Annual report on the Civil Veterinary Department, Burma (including the Insein Veterinary School) - 1932-1941
Year: 1932
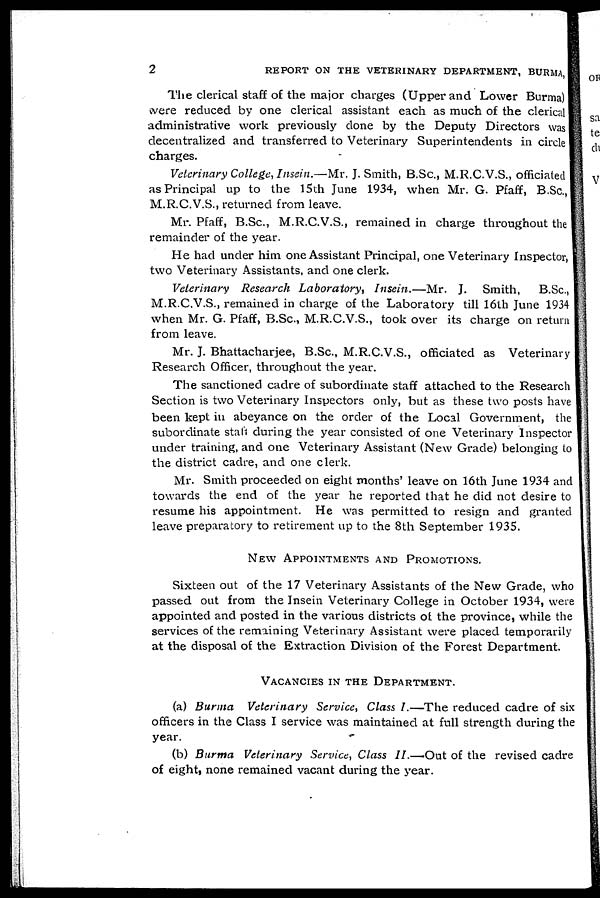
2
REPORT ON THE VETERINARY DEPARTMENT, BURMA,
The clerical staff of the major charges (Upper and Lower Burma)
were reduced by one clerical assistant each as much of the clerical
administrative work previously done by the Deputy Directors was
decentralized and transferred to Veterinary Superintendents in circle
charges.
Veterinary College, Insein.—Mr. J. Smith, B.Sc., M.R.C.V.S., officiated
as Principal up to the 15th June 1934, when Mr. G. Pfaff, B.Sc.,
M.R.C.V.S., returned from leave.
Mr. Pfaff, B.Sc., M.R.C.V.S., remained in charge throughout the
remainder of the year.
He had under him. one Assistant Principal, one Veterinary Inspector,
two Veterinary Assistants, and one clerk.
Veterinary Research Laboratory, Insein.—Mr. J. Smith, B.Sc.,
M.R.C.V.S., remained in charge of the Laboratory till 16th June 1934
when Mr. G. Pfaff, B.Sc., M.R.C.V.S., took over its charge on return
from leave.
Mr. J. Bhattacharjee, B.Sc., M.R.C.V.S., officiated as Veterinary
Research Officer, throughout the year.
The sanctioned cadre of subordinate staff attached to the Research
Section is two Veterinary Inspectors only, but as these two posts have
been kept in abeyance on the order of the Local Government, the
subordinate stall during the year consisted of one Veterinary Inspector
under training, and one Veterinary Assistant (New Grade) belonging to
the district cadre, and one clerk.
Mr. Smith proceeded on eight months' leave on 16th June 1934 and
towards the end of the year he reported that he did not desire to
resume his appointment. He was permitted to resign and granted
leave preparatory to retirement up to the 8th September 1935.
NEW APPOINTMENTS AND PROMOTIONS.
Sixteen out of the 17 Veterinary Assistants of the New Grade, who
passed out from the Insein Veterinary College in October 1934, were
appointed and posted in the various districts of the province, while the
services of the remaining Veterinary Assistant were placed temporarily
at the disposal of the Extraction Division of the Forest Department.
VACANCIES IN THE DEPARTMENT.
(a) Burma Veterinary Service, Class I.—The reduced cadre of six
officers in the Class I service was maintained at full strength during the
year.
(b) Burma Veterinary Service, Class II.—Out of the revised cadre
of eight, none remained vacant during the year.